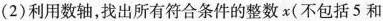
(2)利用数轴，找出所有符合条件的整数x(不包括5和